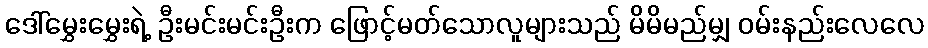
ဒေါ်မွှေးမွှေးရဲ့ ဦးမင်းမင်းဦးက ဖြောင့်မတ်သောလူများသည် မိမိမည်မျှ ဝမ်းနည်းလေလေ